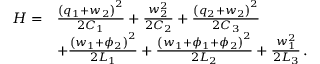
\begin{array} { r l } { H = } & { \frac { { \left( q _ { 1 } + w _ { 2 } \right) } ^ { 2 } } { 2 C _ { 1 } } + \frac { w _ { 2 } ^ { 2 } } { 2 C _ { 2 } } + \frac { { \left( q _ { 2 } + w _ { 2 } \right) } ^ { 2 } } { 2 C _ { 3 } } } \\ & { + \frac { { \left( w _ { 1 } + \phi _ { 2 } \right) } ^ { 2 } } { 2 L _ { 1 } } + \frac { { \left( w _ { 1 } + \phi _ { 1 } + \phi _ { 2 } \right) } ^ { 2 } } { 2 L _ { 2 } } + \frac { w _ { 1 } ^ { 2 } } { 2 L _ { 3 } } \, . } \end{array}